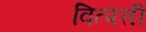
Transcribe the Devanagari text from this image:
वित्पत्ती